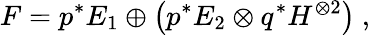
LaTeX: F=p^{*}E_{1}\oplus\left(p^{*}E_{2}\otimes q^{*}H^{\otimes 2}\right)\ ,